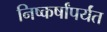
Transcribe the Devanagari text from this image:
निष्कर्षांपर्यंत